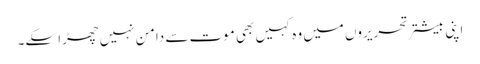
اپنی بیشتر تحریروں میں وہ کہیں بھی موت سے دامن نہیں چھڑا سکے۔